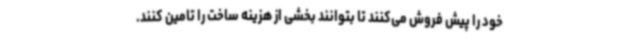
خود را پیش فروش می‌کنند تا بتوانند بخشی از هزینه ساخت را تامین کنند.